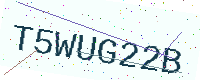
Text: T5WUG22B